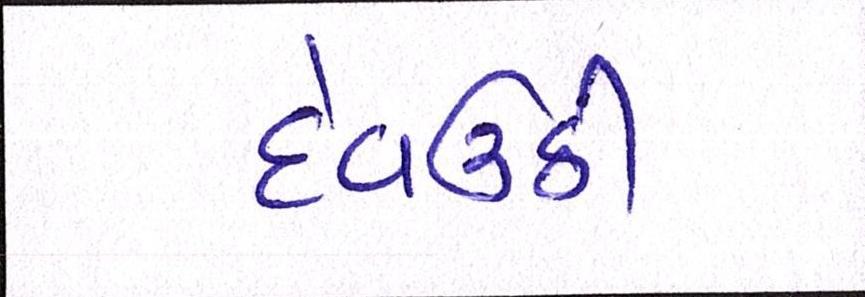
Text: દેવઉઠી